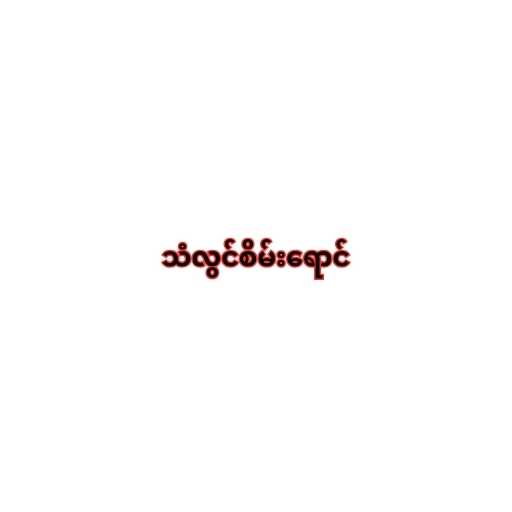
သံလွင်စိမ်းရောင်